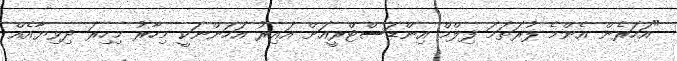
"އަހަރެން އެންމެ ފުރަތަމަ ފިލްމް އިންޑަސްޓްރީއަށް އައިރު އަހަންނަކީ މިހާރު މިހިރަ ދިވިޔާއެއް